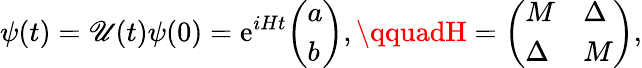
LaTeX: \psi(t)=\mathscr{U}(t)\psi(0)=\mathrm{{{e}}}^{iHt}{\left(\begin{array}{l}{a}\\ {b}\end{array}\right)},\qquadH={\left(\begin{array}{ll}{M}&{\Delta}\\ {\Delta}&{M}\end{array}\right)},